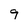
Character: 9